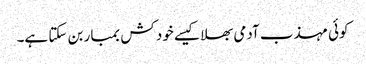
کوئی مہذب آدمی بھلا کیسے خود کش بمبار بن سکتا ہے۔